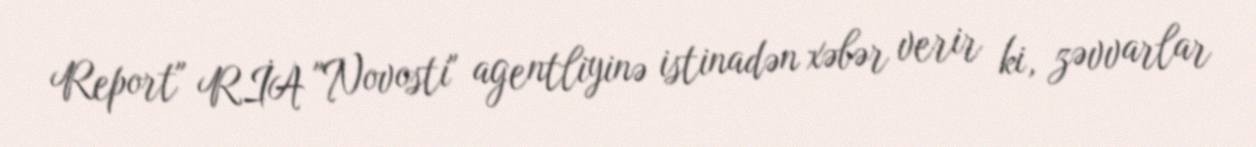
Report" RİA "Novosti" agentliyinə istinadən xəbər verir ki, zəvvarlar